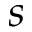
s